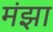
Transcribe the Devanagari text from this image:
मंझा